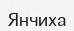
Янчиха